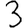
Digit: 3